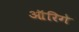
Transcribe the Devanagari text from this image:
ऑरिगे